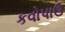
કવોપાઉ